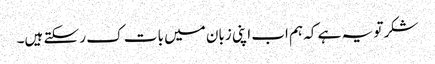
شکر تو یہ ہے کہ ہم اب اپنی زبان میں بات ک ر سکتے ہیں۔